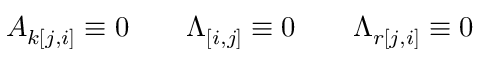
A _ { k [ j , i ] } \equiv 0 \qquad \Lambda _ { [ i , j ] } \equiv 0 \qquad \Lambda _ { r [ j , i ] } \equiv 0